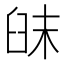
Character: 𦥦